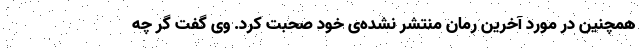
همچنین در مورد آخرین رمان منتشر نشده­ی خود صحبت کرد. وی گفت گر چه